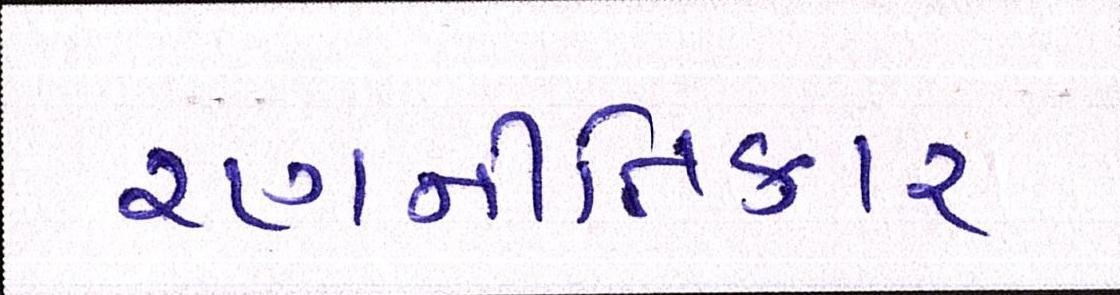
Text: રણનીતિકાર